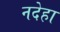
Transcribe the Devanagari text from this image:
नदेहा